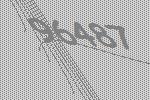
96487